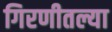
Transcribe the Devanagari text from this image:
गिरणीतल्या